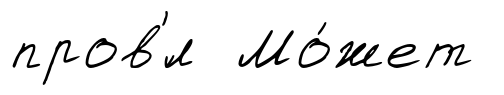
пров'́л Мо́жет